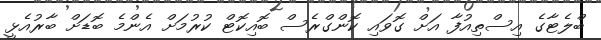
ބްލެޓާގެ އިސްތިއުފާ އަށް ގޮވައި ކޮންގްރެސް ބޮއިކޮޓް ކުރުމަށް އެންމެ ބޮޑަށް ބާރުއެޅީ